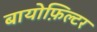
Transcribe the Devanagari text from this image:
बायोफ़िल्टर